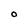
Character: O